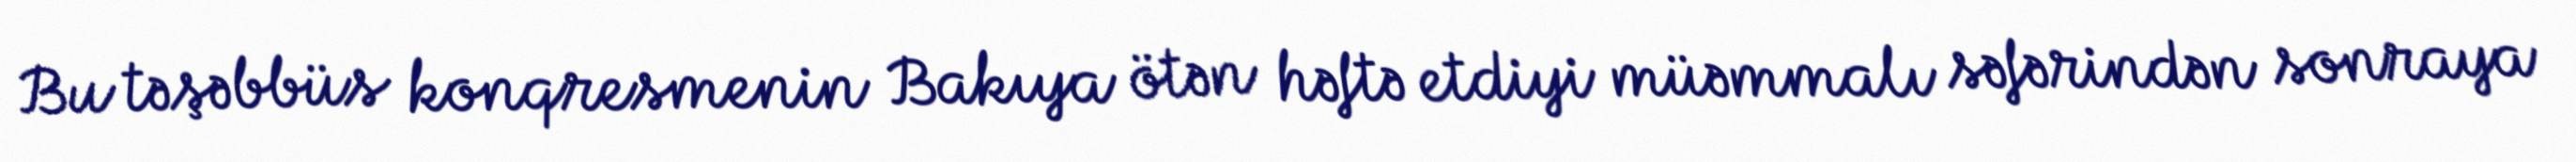
Bu təşəbbüs konqresmenin Bakıya ötən həftə etdiyi müəmmalı səfərindən sonraya